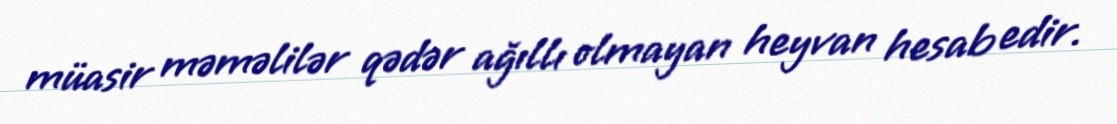
müasir məməlilər qədər ağıllı olmayan heyvan hesab edir.